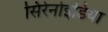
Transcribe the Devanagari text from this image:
सिरेनोइडिया